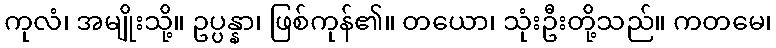
ကုလံ၊ အမျိုးသို့။ ဥပ္ပန္နာ၊ ဖြစ်ကုန်၏။ တယော၊ သုံးဦးတို့သည်။ ကတမေ၊